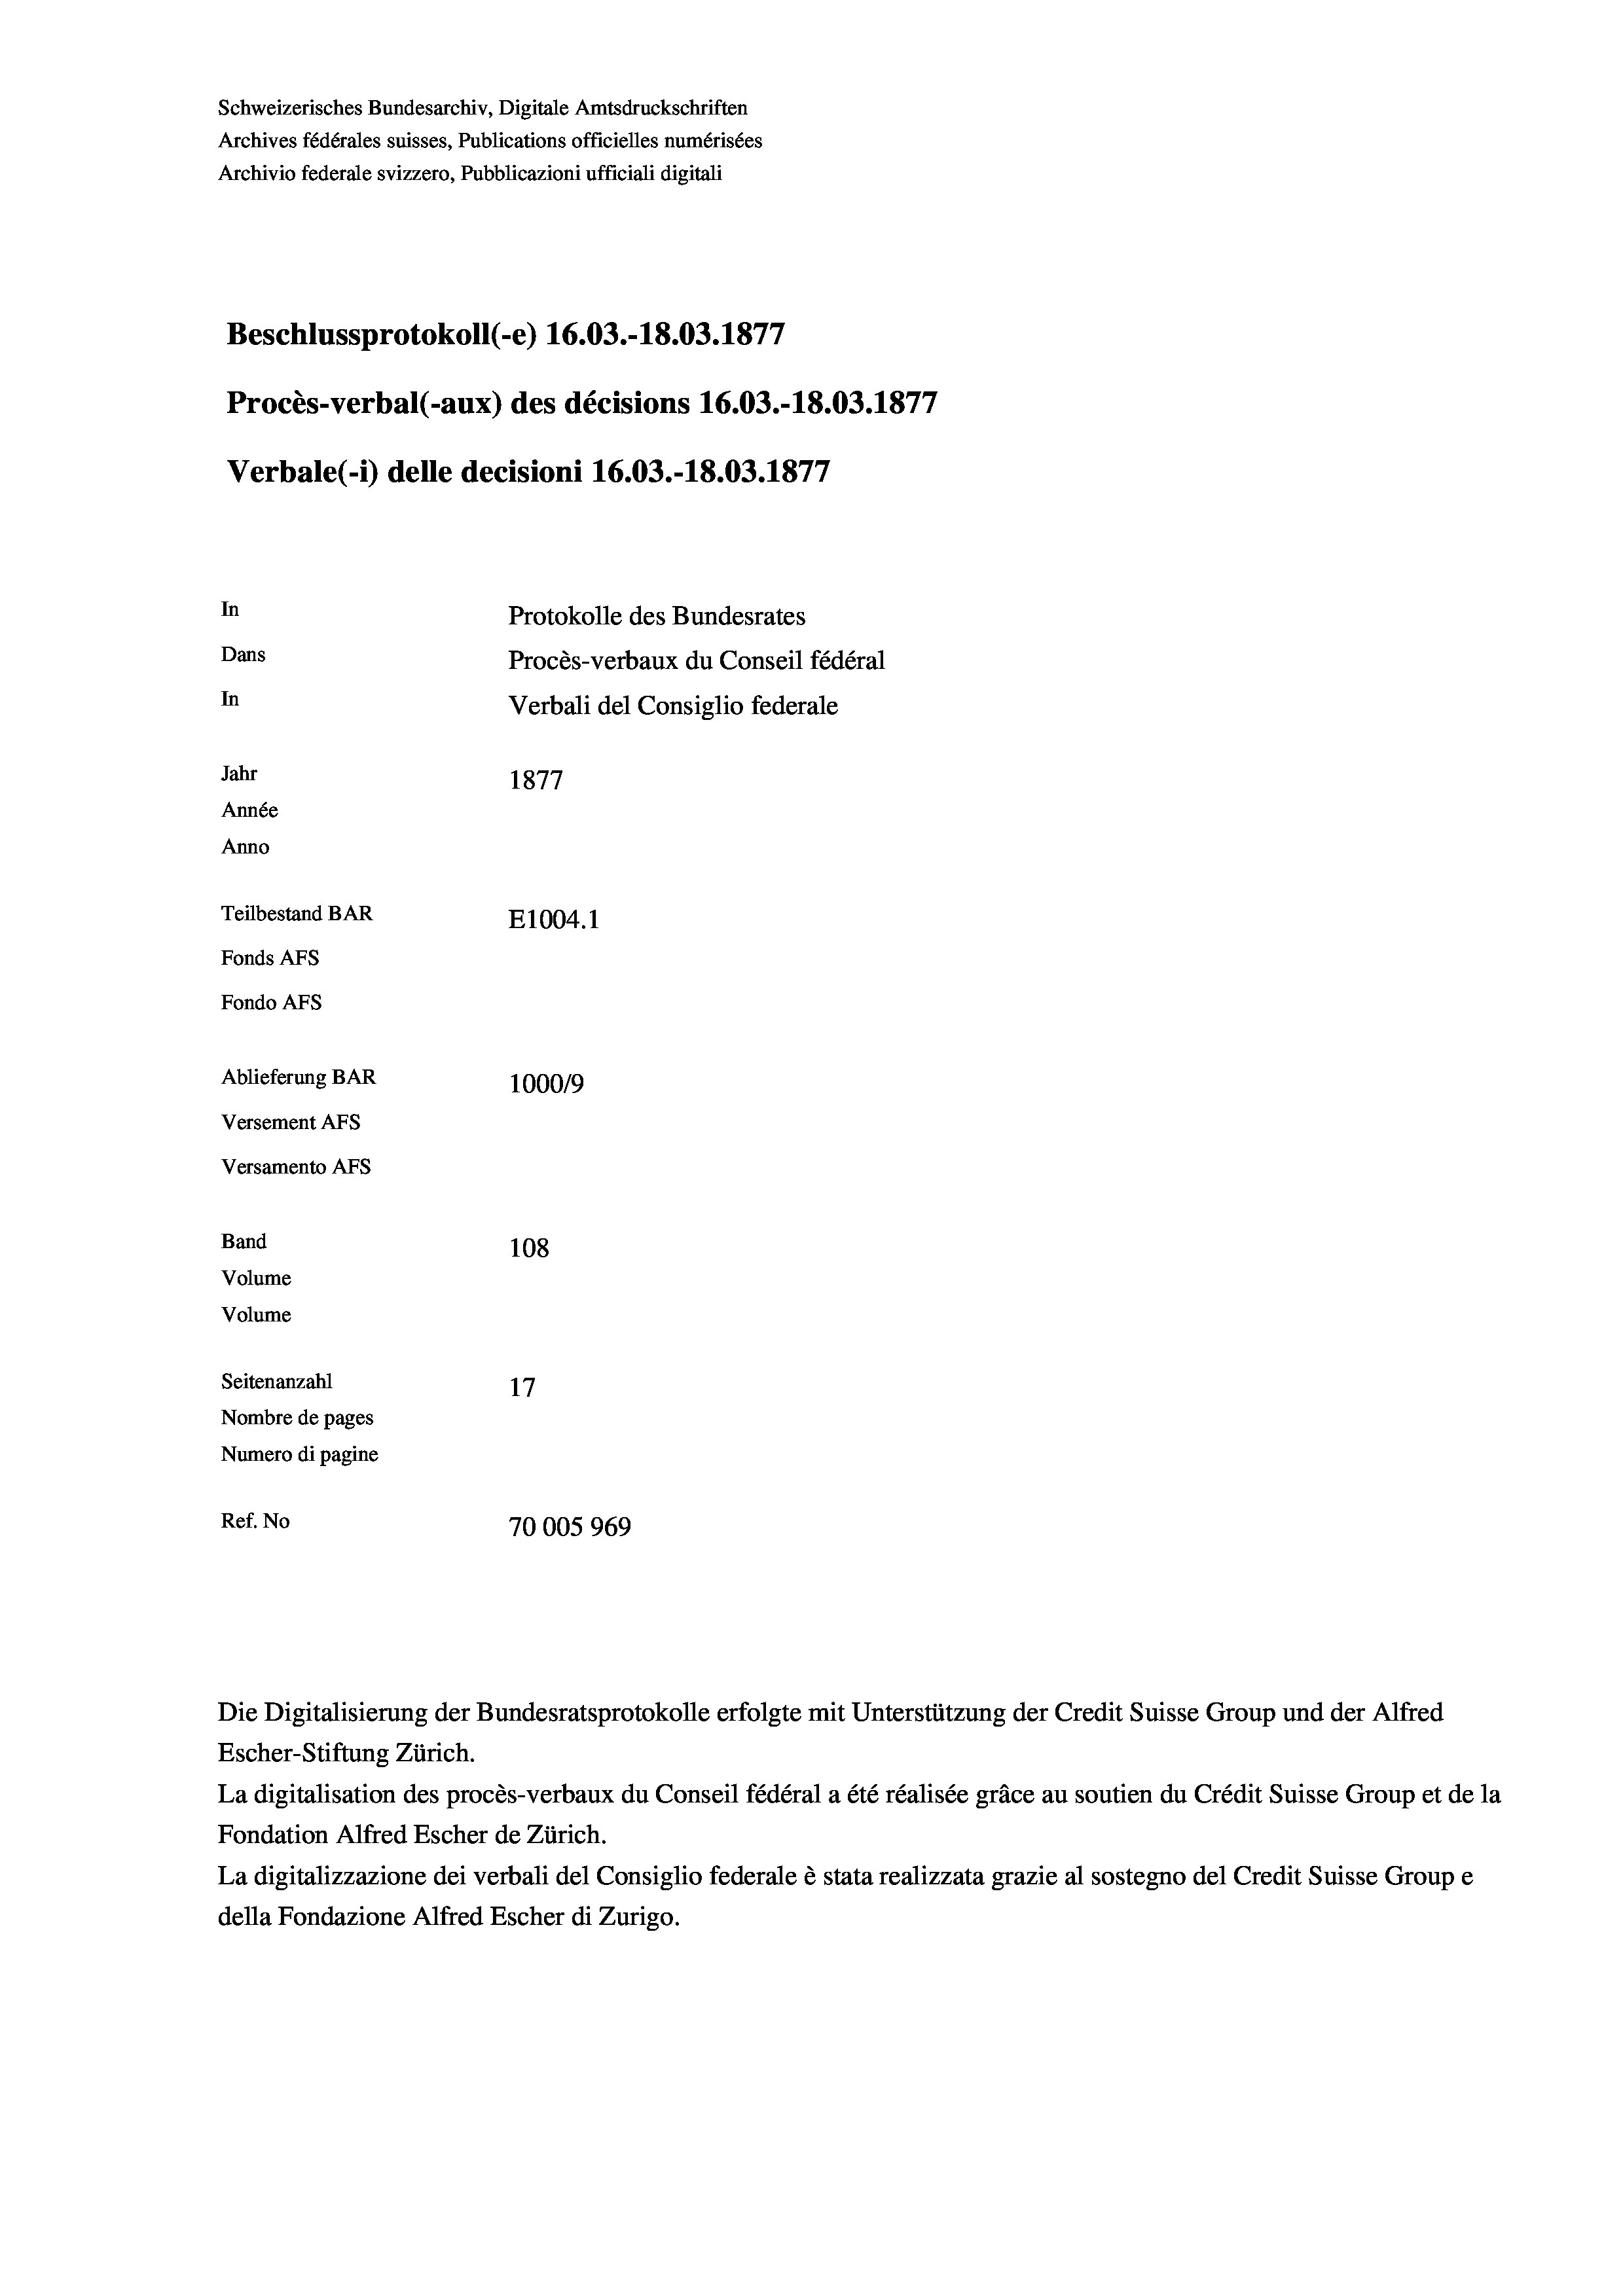
Schweizerisches Bundesarchiv, Digitale Amtsdruckschriften
Archives fédérales suisses, Publications officielles numérisées
Archivio federale svizzero, Pubblicazioni ufficiali digitali
Beschlussprotokoll (-e) 16.03.-18.03. 1877
Procès-verbal (-aux) des décisions 16.03.-18.03. 1877
Verbale (- 1) delle decisioni 16.03.-18.03. 1877
In
Protokolle des Bundesrates
Dans
Procès-verbaux du Conseil fédéral
In
Verbali del Consiglio federale
Jahr
1877
Année
Anno
Teilbestand BAR
E1004.1
Fonds AFs
Fondo AFS
Ablieferung BAR
100019
Versement AFs
Versamento Afs
Band
108
Volume
Volume

Seitenanzahl
17
Nombre de pages
Numero di pagine
Ref. No
70005969

Escher-Stiftung Zürich.
La digitalisation des procès-verbaux du Conseil fédéral a été réalisée gräce au soutien du Crédit Suisse Group et de la
Fondation Alfred Escher de Zürich.
La digitalizzazione dei verbali del Consiglio federale è stata realizzata grazie al sostegno del Credit Suisse Groupe
della Fondazione Alfred Escher di Zurigo.

Die Digitalisierung der Bundesratsprotokolle erfolgte mit Unterstützung der Credit Suisse Group und der Alfred

e